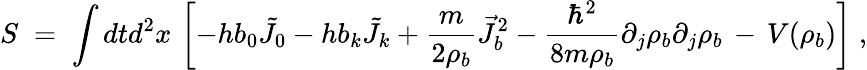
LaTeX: S\; =\; \int dtd^{2}x\, \left[-hb_{0}{\tilde{J}}_{0}-hb_{k}{\tilde{J}}_{k}+\frac{m}{2\rho_{b}}{\vec{J}}_{b}^{2}-\frac{\hbar^{2}}{8m\rho_{b}}\partial_{j}\rho_{b}\partial_{j}\rho_{b}\, -\, V(\rho_{b})\right]\; ,